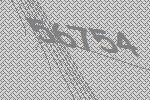
56754